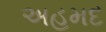
અહમદ